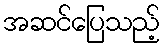
အဆင်ပြေသည့်